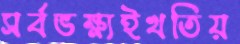
সর্বভক্ষ্যইখতিয়